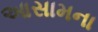
આસામના